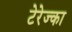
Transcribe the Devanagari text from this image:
टेरेज्का